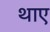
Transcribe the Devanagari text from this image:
थाए